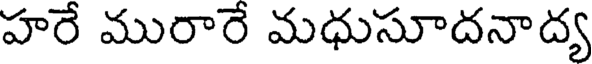
హరే మురారే మధుసూదనాద్య